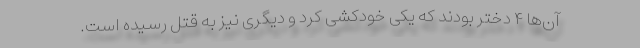
آن‌ها ۴ دختر بودند که یکی خودکشی کرد و دیگری نیز به قتل رسیده است.